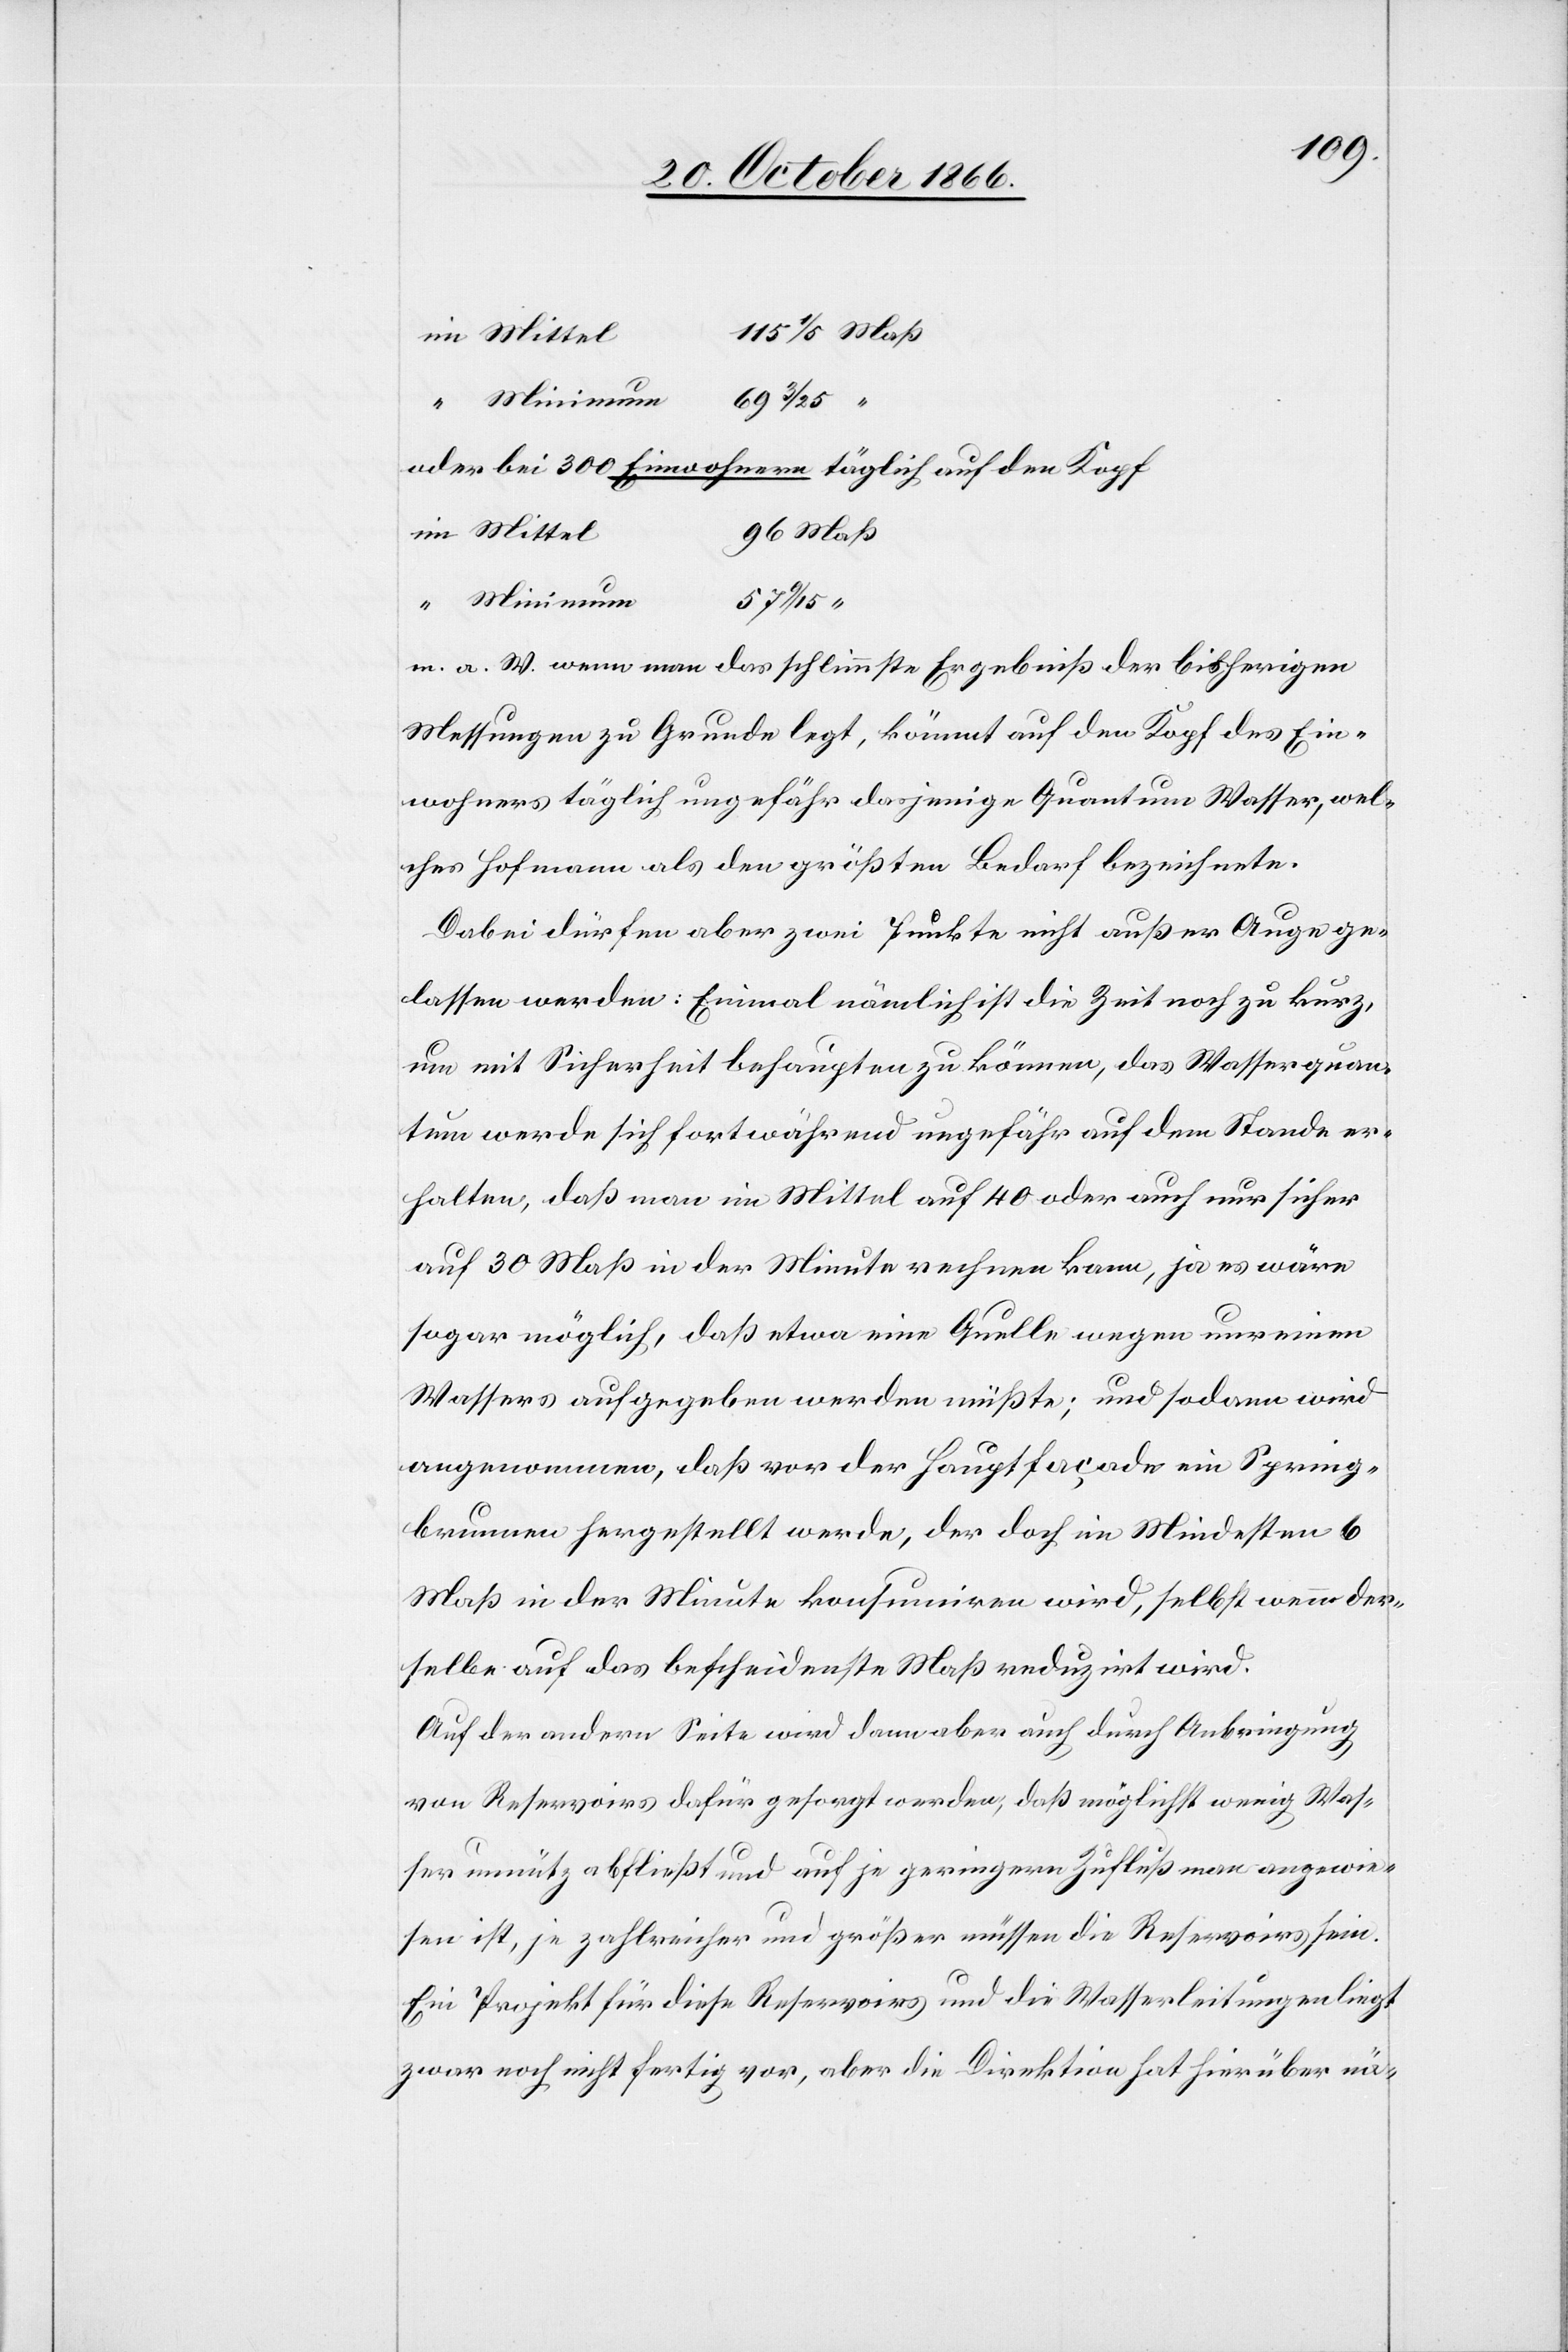
oder bei 300 Einwohnern täglich auf den Kopf
Maß
3/25
Minimum
m. a. W. wenn man das schlimmste Ergebniß der bisherigen
Messungen zu Grunde legt, kömmt auf den Kopf des Ein¬
wohners täglich ungefähr dasjenige Quantum Wasser, wel¬
ches Hofmann als den größten Bedarf bezeichnete.
Dabei dürfen aber zwei Punkte nicht außer Auge ge¬
lassen werden: Einmal nämlich ist die Zeit noch zu kurz,
um mit Sicherheit behaupten zu können, das Wasserquan¬
tum werde sich fortwährend ungefähr auf dem Stande er¬
halten, daß man im Mittel auf 40 oder auch nur sicher
auf 30 Maß in der Minute rechnen kann, ja es wäre
sogar möglich, daß etwa eine Quelle wegen unreinen
Wassers aufgegeben werden müßte; und sodann wird
angenommen, daß vor der Hauptfaçade ein Spring¬
brunnen hergestellt werde, der doch im Mindesten 6
Maß in der Minute konsumiren wird, selbst wenn der¬
selbe auf das bescheidenste Maß reduzirt wird.
Auf der andern Seite wird dann aber auch durch Anbringung
von Reservoirs dafür gesorgt werden, daß möglichst wenig Was¬
ser unnütz abfließt und auf je geringern Zufluß man angewie¬
sen ist, je zahlreicher und größer müssen die Reservoirs sein.
Ein Projekt für diese Reservoirs und die Wasserleitungen liegt
zwar noch nicht fertig vor, aber die Direktion hat hierüber nä-